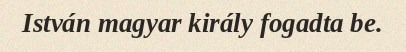
István magyar király fogadta be.